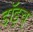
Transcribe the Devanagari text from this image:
डॉइच्